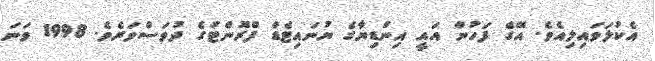
އެކުލަވައިލިއެވެ. އޭގެ ފަހުން އައީ އިންޑިޔާގެ ޔުނައިޓެޑް ފްރޮންޓުގެ ދުވަސްވަރެވެ. 1998 ވަނަ